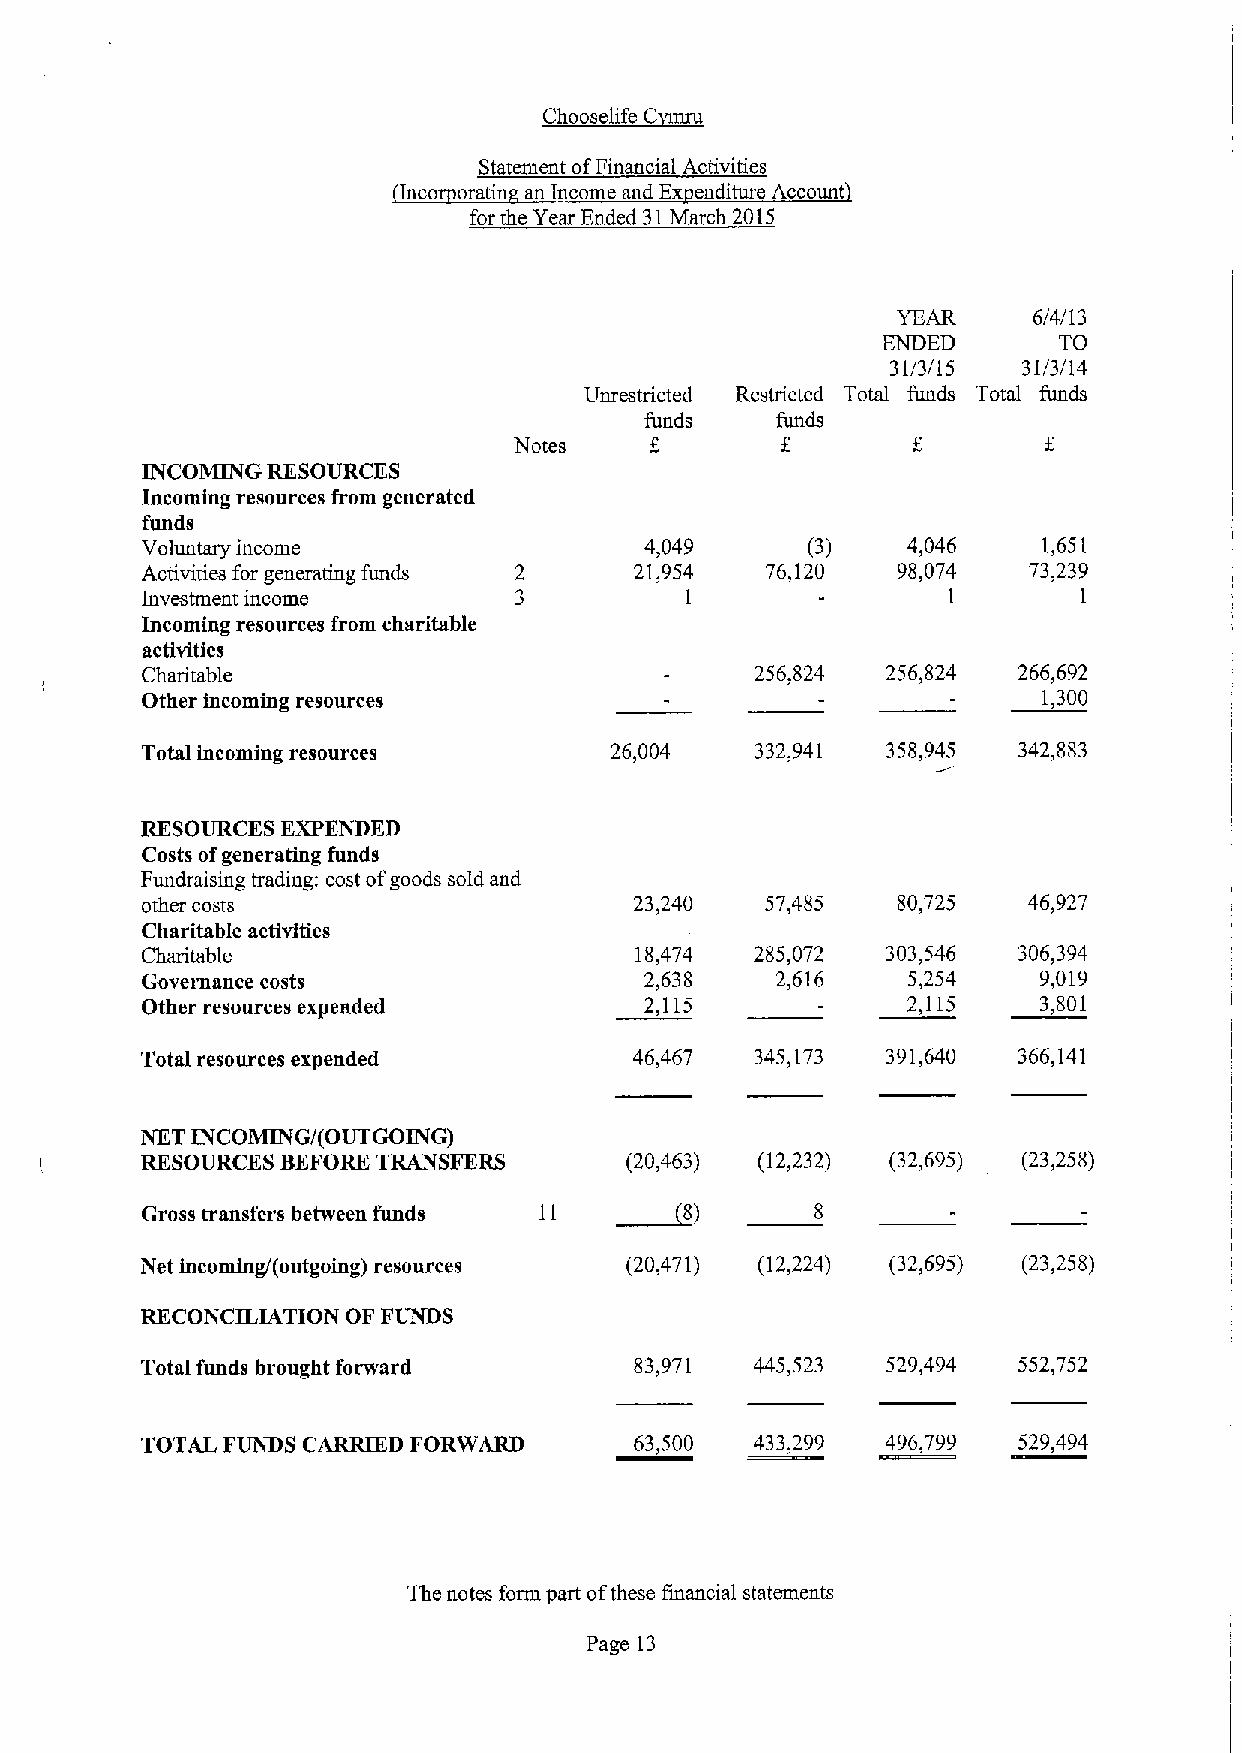
ht C
 ~Ch
 Statement ofFinancial Activities
 Inco oratin an Income and Ex enditure Account
 for the Year Ended 31March 2015
 YEAR     6/4/13
 ENDED       TO
 31/3/15  31/3/14
 Unrestricted Restricted Total funds Total funds
 funds   funds
 Notes
 INCOMING RESOURCES
 Incoming resources from generated
 funds
 Voluntary income                  4,049     (3)    4,046    1,651
 Activities for generating funds  21,954   76,120  98,074   73,239
 Investment income                   1                 1        1
 Incoming resources from charitable
 activities
 Charitable                               256,824  256,824 266,692
 Other incoming resources                                    1,300
 Total incoming resources       26,004    332,941  358,945 342,883
 RESOURCES EXPENDED
 Costs ofgenerating funds
 Fundraising trading: cost ofgoods sold and
 other costs                      23,240   57,485  80,725   46,927
 Charitable activities
 Charitable                       18,474  285,072  303,546 306,394
 Governance costs                  2,638   2,616    5,254    9,019
 Other resources expended          2,115            2,115    3,801
 Total resources expended         46,467  345,173  391,640 366,141
 NKT INCOMING/(OUTGOING)
 RESOURCES BEFORETRANSFERS       (20,463) (12,232) (32,695) (23,258)
 ~8)
 Gross transfers between funds 11             8
 Net incoming/(outgoing) resources (20,471) (12,224) (32,695) (23,258)
 RECONCILIATION OF FUNDS
 Total funds brought forward      83,971  445,523  529,494 552,752
 TOTAL FUNDS CARRIED FORWARD      63,500  433,299  496,799 529,494
 The notes form part ofthese financial statements
 Page 13